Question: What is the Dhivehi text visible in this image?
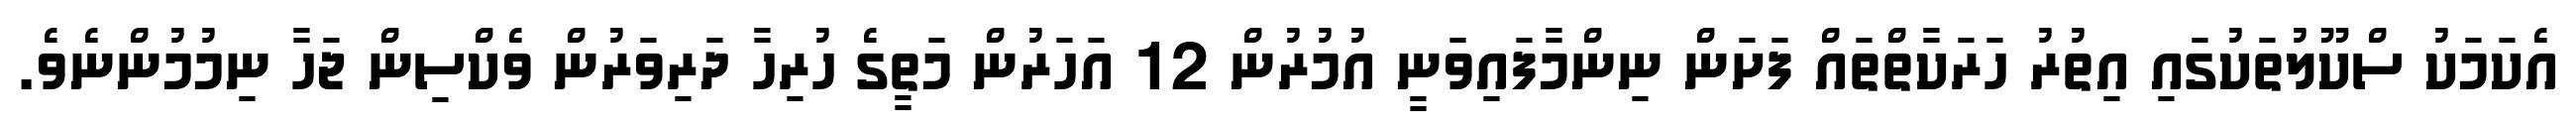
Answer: އެކަމަކު ސްކޫލުތަކުގައި އިތުރު ހަރަކާތްތައް ފަށަން ނިންމާފައިވަނީ އުމުރުން 12 އަހަރުން މަތީގެ ހުރިހާ ދަރިވަރުން ވެކްސިން ޖަހާ ނިމުމުންނެވެ.